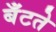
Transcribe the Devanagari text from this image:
बँटते